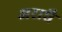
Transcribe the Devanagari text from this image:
अराधै